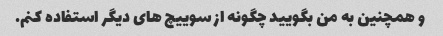
و همچنین به من بگویید چگونه از سوییچ های دیگر استفاده کنم.